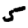
Digit: 5